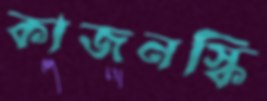
কাজনস্কি